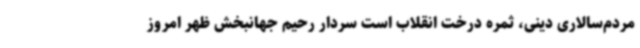
مردم‌سالاری دینی، ثمره درخت انقلاب است سردار رحیم جهانبخش ظهر امروز